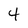
Character: 4